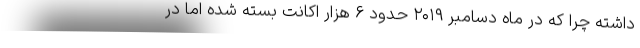
داشته چرا که در ماه دسامبر ۲۰۱۹ حدود ۶ هزار اکانت بسته شده اما در